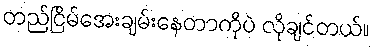
တည်ငြိမ်အေးချမ်းနေတာကိုပဲ လိုချင်တယ်။